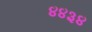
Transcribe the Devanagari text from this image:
४४३४